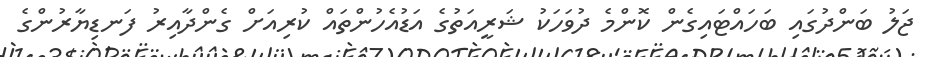
ޖަލު ބަންދުގައި ބަހައްޓައިގެން ކޮންމެ ދުވަހަކު ޝަރީއަތުގެ އަޑުއެހުންތައް ކުރިއަށް ގެންދާއިރު ފަނޑިޔާރުުންގެ